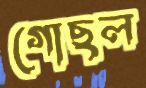
গোছল